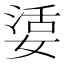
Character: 𡞠